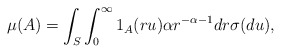
\begin{align*}\mu(A) = \int_{S} \int_0^\infty 1_{A}(r u) \alpha r^{-\alpha-1}dr \sigma(du),\end{align*}